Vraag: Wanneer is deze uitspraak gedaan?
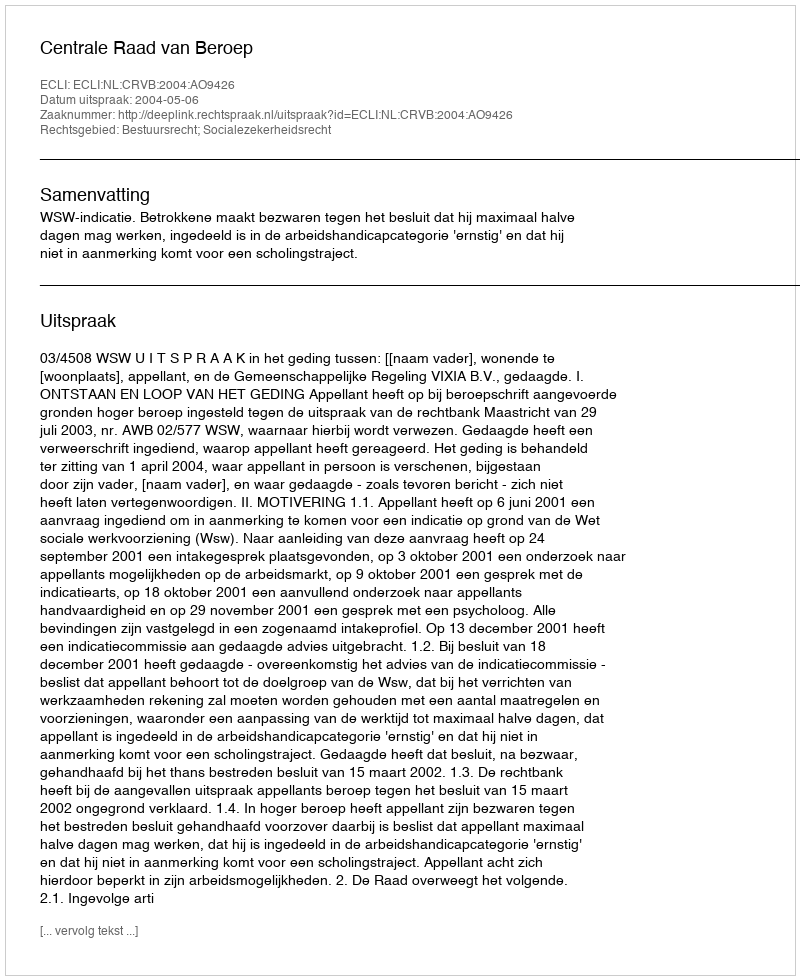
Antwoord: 2004-05-06